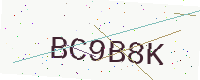
Text: BC9B8K